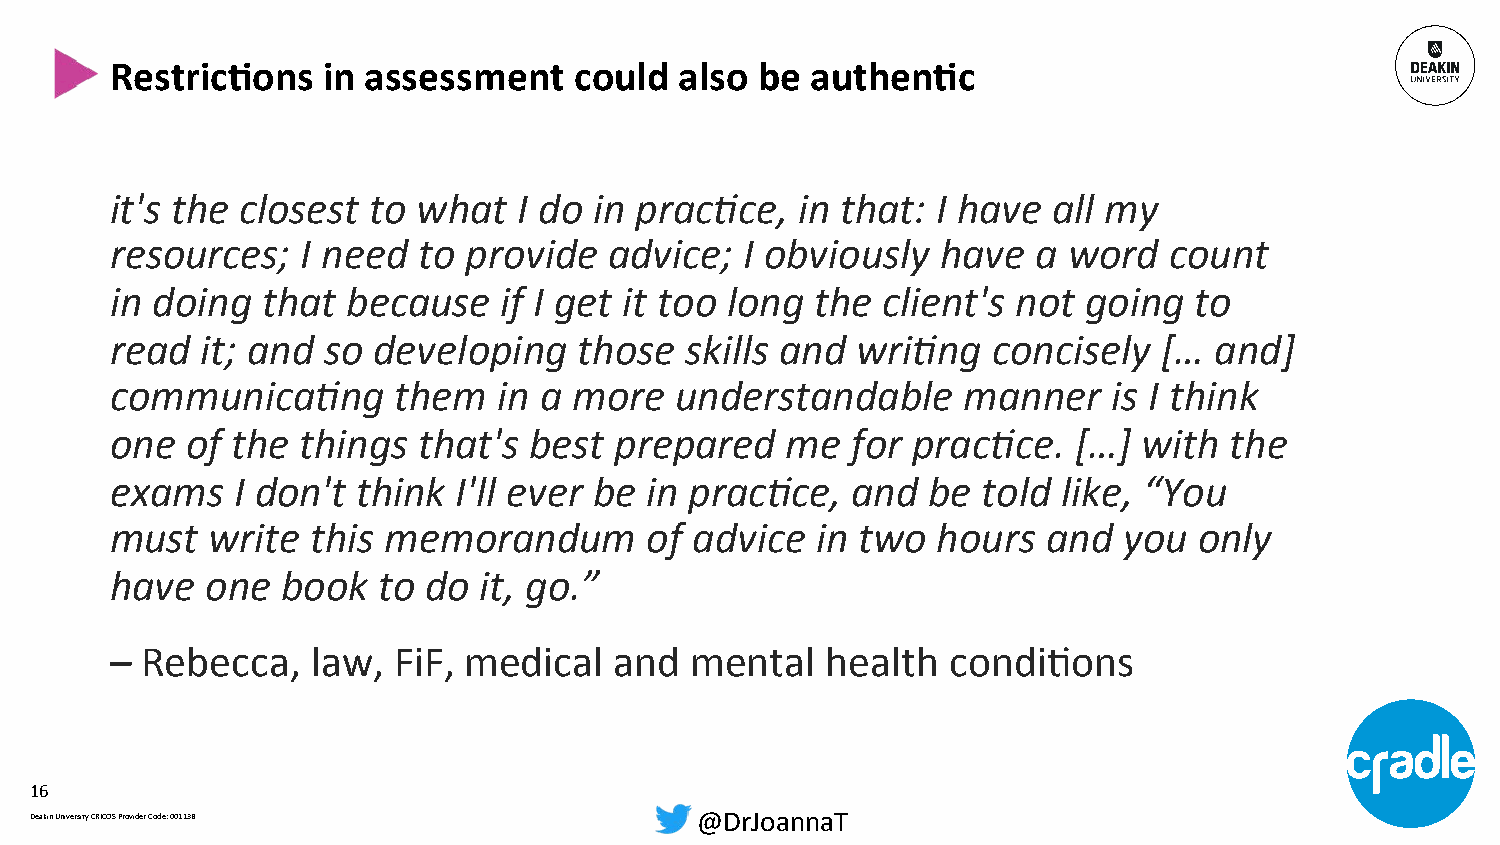
RestricCons   in assessment    could  also be  authenCc
 it's the closest to  what  I do in prac3ce,   in that: I have  all my
 resources;   I need  to provide  advice;  I obviously  have   a word  count
 in doing  that  because   if I get it too long the client's not  going  to
 read  it; and so  developing   those  skills and  wri3ng   concisely  [… and]
 communica3ng       them   in a more   understandable     manner    is I think
 one  of the  things  that's best  prepared   me  for prac3ce.   […]  with the
 exams   I don't  think I'll ever be in prac3ce,  and  be  told like, “You
 must   write  this memorandum       of advice  in two  hours  and  you  only
 have   one  book  to do  it, go.”
 – Rebecca,    law, FiF, medical   and  mental   health  condiXons
 16
 Deakin University CRICOS Provider Code: 00113B @DrJoannaT